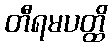
တီရမပတ္ထိ